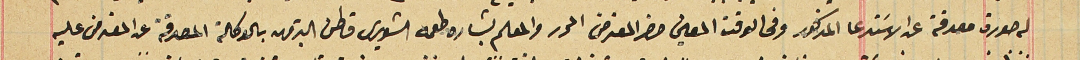
له صورة مصدقة عن الاسَتدعا المذكور وفى الوقت المعين حضر المعترض المحرر والمعلم بشاره طعمه الشويرى قاطن البترون بالوكالة المصدقة عن المعترض عليه